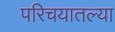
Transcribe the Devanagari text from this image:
परिचयातल्या